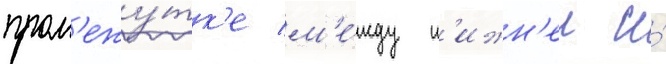
пром'ежу́тк'е м'е́жду н'ижн'еи и́